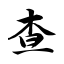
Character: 查